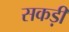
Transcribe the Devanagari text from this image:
सकड़ी